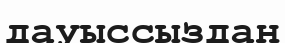
дауыссыздан